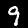
Digit: 9